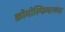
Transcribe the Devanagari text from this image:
क्रोमोस्फियरच्या